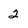
Character: 2